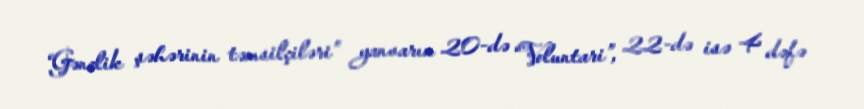
“Gənclik şəhərinin təmsilçiləri” yanvarın 20-də “Voluntari”, 22-də isə 4 dəfə